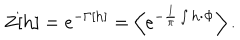
Z [ { \bf h } ] = e ^ { - \Gamma \left[ { \bf h } \right] } = \left< e ^ { - \frac { 1 } { \pi } \int { \bf h \cdot \Phi } } \right> .